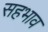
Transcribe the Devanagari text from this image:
सहभाव